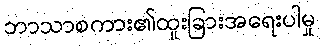
ဘာသာစကား၏ထူးခြားအရေးပါမှု